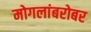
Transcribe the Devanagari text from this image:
मोगलांबरोबर